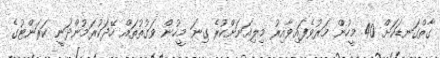
ގާތްގަނޑަކަށް 40 މީހުން މަރުވެފައިވާއިރު މިލިއަނަށްކުރެ ގިނަ މީހުން ވަގުތުތައް ހޭދަކުރަމުންދަނީ ކަރަންޓުގެ